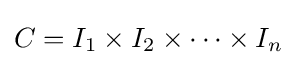
C=I_{1}\times I_{2}\times \cdots \times I_{n}